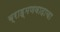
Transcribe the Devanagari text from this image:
ब्राह्मणवादाचा